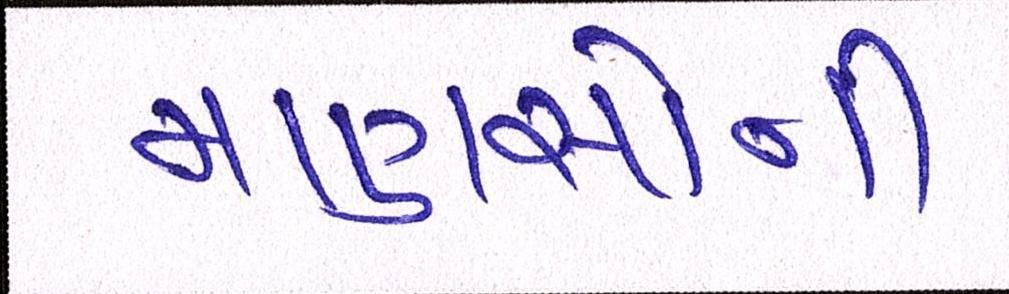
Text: માણસોની